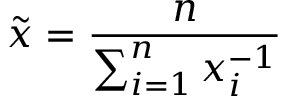
\tilde { x } = \frac { n } { \sum _ { i = 1 } ^ { n } x _ { i } ^ { - 1 } }